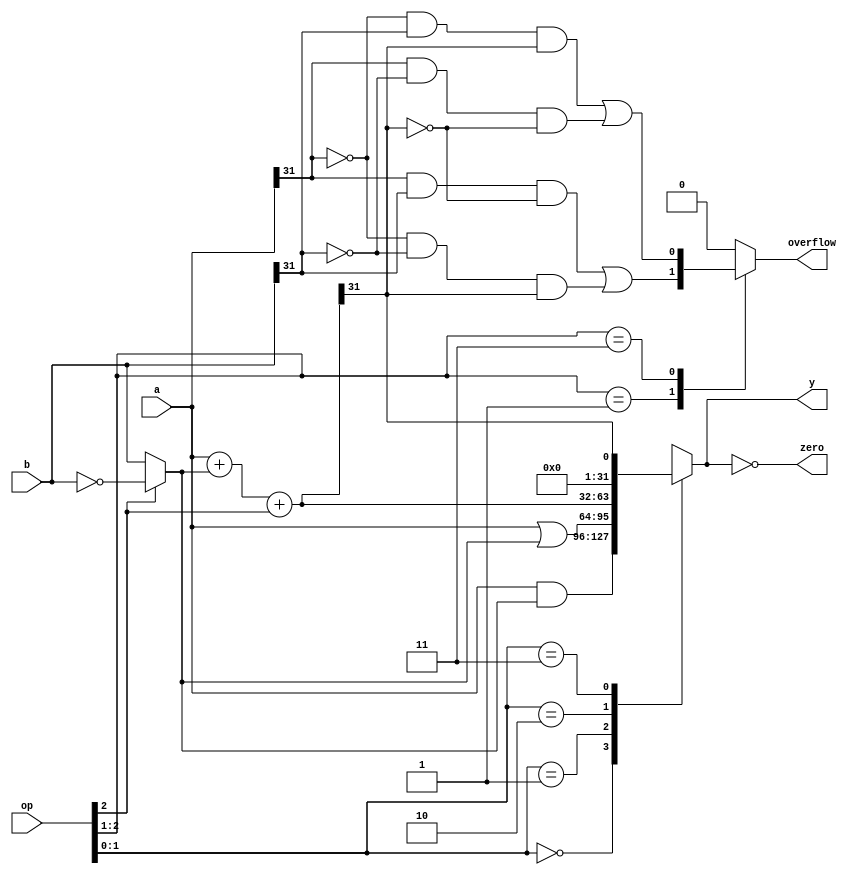
module alu(
	input wire[31:0] a,b,
	input wire[2:0] op,
	output reg[31:0] y,
	output reg overflow,
	output wire zero
    );

	//op	
	
	//010	a + b
	//110	a - b
	//000	a & b
	//001	a | b
	//100	a & ~b
	//101	a | ~b
	//111	a < b (
	//011	

	wire[31:0] s,bout;
	assign bout = op[2] ? ~b : b;
	assign s = a + bout + op[2];
	always @(*) begin
		case (op[1:0])
			2'b00: y <= a & bout;
			2'b01: y <= a | bout;
			2'b10: y <= s;
			2'b11: y <= {31'b0,s[31]};
			default : y <= 32'b0;
		endcase	
	end
	assign zero = (y == 32'b0);

	always @(*) begin
		case (op[2:1])
			2'b01:overflow <= a[31] & b[31] & ~s[31] |
							~a[31] & ~b[31] & s[31];
			2'b11:overflow <= ~a[31] & b[31] & s[31] |
							a[31] & ~b[31] & ~s[31];
			default : overflow <= 1'b0;
		endcase	
	end
endmodule